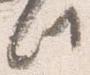
此